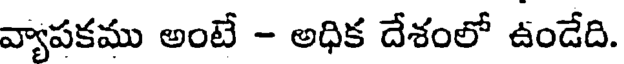
వ్యాపకము అంటే - అధిక దేశంలో ఉండేది.